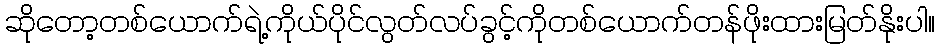
ဆိုတော့တစ်ယောက်ရဲ့ကိုယ်ပိုင်လွတ်လပ်ခွင့်ကိုတစ်ယောက်တန်ဖိုးထားမြတ်နိုးပါ။